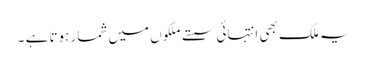
یہ ملک بھی انتہائی سستے ملکوں میں شمار ہوتا ہے ۔